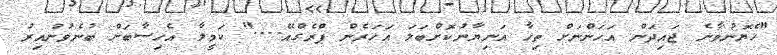
"ހެޔޮނުވާނެ ޖައިދަން އަހަންނަށް ތިހާ އަނިޔާނުކޮށްބަލަ އަހަރެން ޕްރެގްއޭ...." ކަމީލާ އެހިސާބަށް ބުނެވުނުއިރު